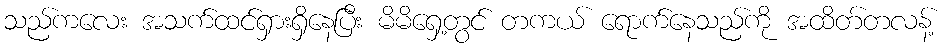
သည်ကလေး အသက်ထင်ရှားရှိနေပြီး မိမိရှေ့တွင် တကယ် ရောက်နေသည်ကို အထိတ်တလန့်